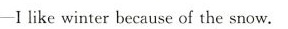
-I like winter because of the snow.